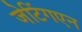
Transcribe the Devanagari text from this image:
जेटिंगएन